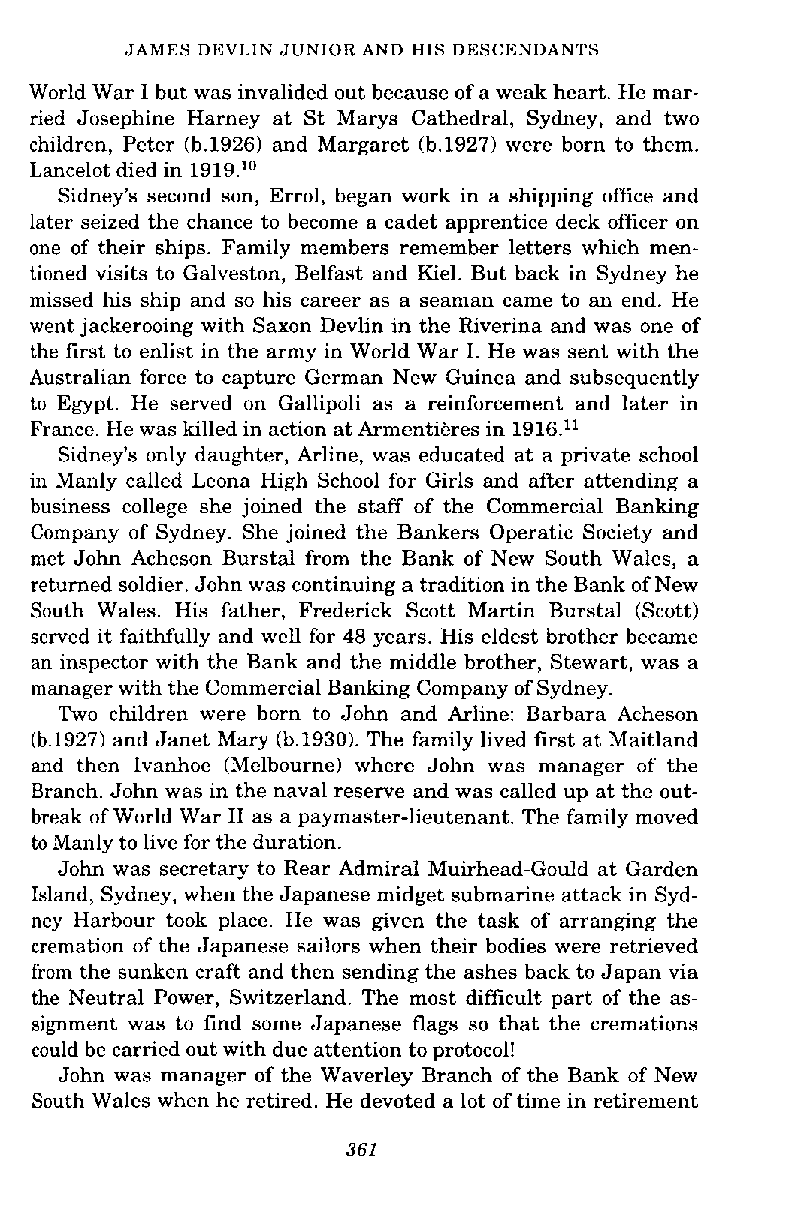
JAMES DEVLIN JUNIOR AND HIS DESCENDANTS
 World War I but was invalided out because of a weak heart. He mar-
 ried Josephine Harney at St Marys Cathedral, Sydney, and two
 children, Peter (b.1926) and Margaret (b.1927) were born to them.
 Lancelot died in 1919.1°
 Sidney's second son, Errol, began work in a shipping office and
 later seized the chance to become a cadet apprentice deck officer on
 one of their ships. Family members remember letters which men-
 tioned visits to Galveston, Belfast and Kiel. But back in Sydney he
 missed his ship and so his career as a seaman came to an end. He
 went jackerooing with Saxon Devlin in the Riverina and was one of
 the first to enlist in the army in World War I. He was sent with the
 Australian force to capture German New Guinea and subsequently
 to Egypt. He sewed on Gallipoli as a reinforcement and later in
 France. He was killed in action at Armentikres in 1916."
 Sidney's only daughter, Arline, was educated at a private school
 in Manly called Leona High School for Girls and after attending a
 business college she joined the staff of the Commercial Banking
 Company of Sydney. She joined the Bankers Operatic Society and
 met John Acheson Burstal from the Bank of New South Wales, a
 returned soldier. John was continuing a tradition in the Bank of New
 South Wales. His father, Frederick Scott Martin Burstal (Scott)
 served it faithfully and well for 48 years. His eldest brother became
 an inspector with the Bank and the middle brother, Stewart, was a
 manager with the Commercial Banking Company of Sydney.
 Two children were born to John and Arline: Barbara Acheson
 (b.1927) and Janet Mary (b.1930). The family lived first at Maitland
 and then Ivanhoe (Melbourne) where John was manager of the
 Branch. John was in the naval reserve and was called up at the out-
 break of World War I1 as a paymaster-lieutenant. The family moved
 to Manly to live for the duration.
 John was secretary to Rear Admiral Muirhead-Gould at Garden
 Island, Sydney, when the Japanese midget submarine attack in Syd-
 ney Harbour took place. He was given the task of arranging the
 cremation of the Japanese sailors when their bodies were retrieved
 from the sunken craft and then sending the ashes back to Japan via
 the Neutral Power, Switzerland. The most difficult part of the as-
 signment was to find some Japanese flags so that the cremations
 could be carried out with due attention to protocol!
 John was manager of the Waverley Branch of the Bank of New
 South Wales when he retired. He devoted a lot of time in retirement